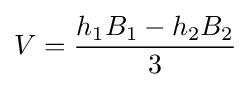
V={\frac {h_{1}B_{1}-h_{2}B_{2}}{3}}